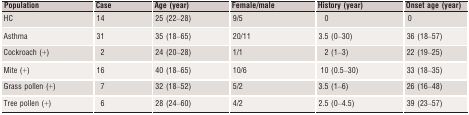
<table><thead><tr><td><b>Population</b></td><td><b>Case</b></td><td><b>Age (year)</b></td><td><b>Female/male</b></td><td><b>History (year)</b></td><td><b>Onset age (year)</b></td></tr></thead><tbody><tr><td>HC</td><td>14</td><td>25 (22–28)</td><td>9/5</td><td>0</td><td>0</td></tr><tr><td>Asthma</td><td>31</td><td>35 (18–65)</td><td>20/11</td><td>3.5 (0–30)</td><td>36 (18–57)</td></tr><tr><td>Cockroach (+)</td><td>2</td><td>24 (20–28)</td><td>1/1</td><td>2 (1–3)</td><td>22 (19–25)</td></tr><tr><td>Mite (+)</td><td>16</td><td>40 (18–65)</td><td>10/6</td><td>10 (0.5–30)</td><td>33 (18–35)</td></tr><tr><td>Grass pollen (+)</td><td>7</td><td>32 (18–52)</td><td>5/2</td><td>3.5 (1–6)</td><td>26 (16–48)</td></tr><tr><td>Tree pollen (+)</td><td>6</td><td>28 (24–60)</td><td>4/2</td><td>2.5 (0–4.5)</td><td>39 (23–57)</td></tr></tbody></table>